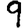
Digit: 9